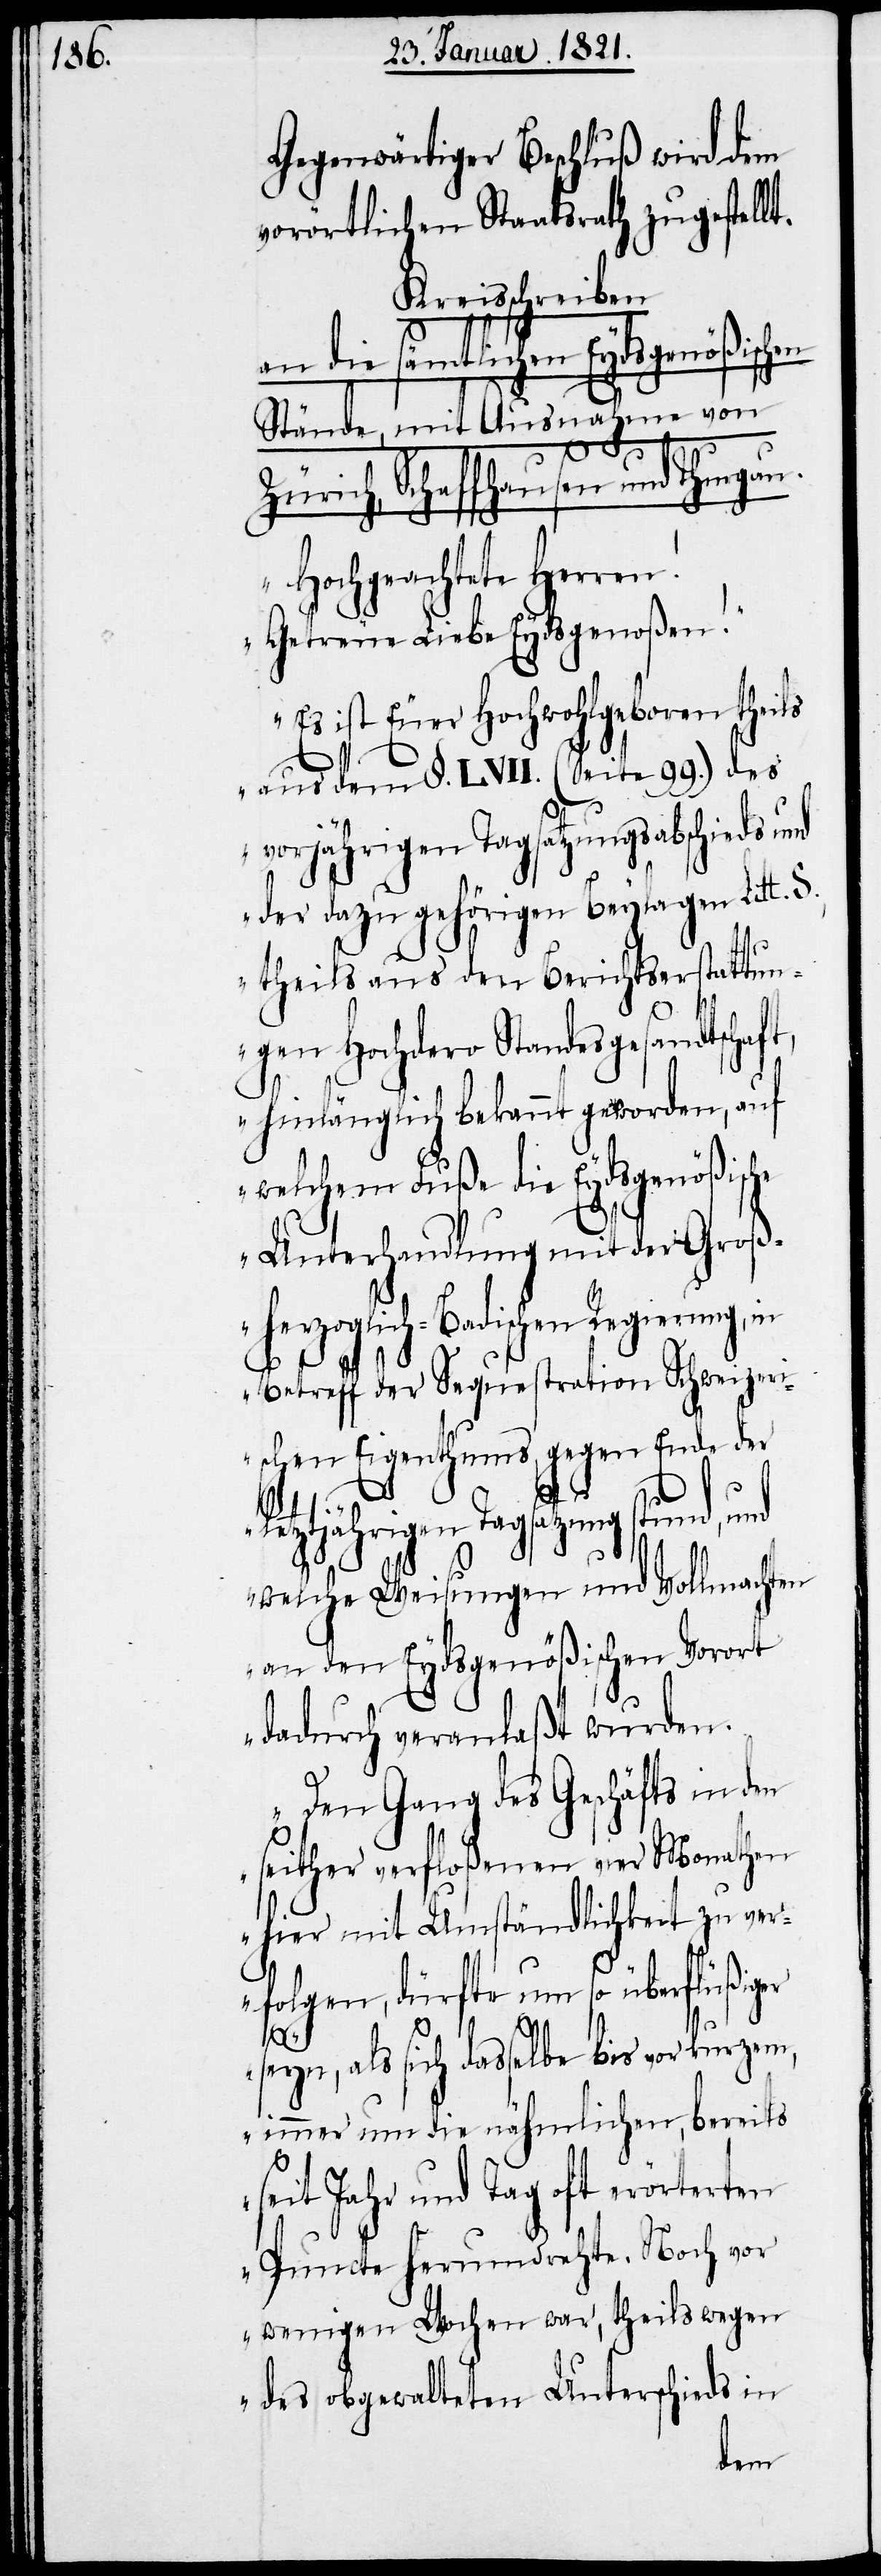
Gegenwärtiger Beschluß wird dem
vorörtlichen Staatsrath zugestellt.
Kreisschreiben
an die sämtlichen Eydsgenößisch¬
sche
Zürich, Schaffhausen und Thurgau.
„Hochgeachte Herren!
Getreue Liebe Eydsgenoßen!
Es ist Euer Hochwohlgeboren theils
aus dem §. LVII (Seite 99.) des
vorjährigen Tagsatzungsabschieds und
der dazu gehörigen Beylagen Litt.
theils aus den Berichtserstattun¬
gen Hochdero Standesgesandtscha¬
hinlänglich bekannt geworden, auf
welchem Fuße die Eydsgenößi¬
Unterhandlung mit der Groß¬
herzoglich-Badischen Regierung,
Betreff der Sequestration Schweizeri¬
schen Eigenthums, gegen Ende der
letztjährigen Tagsatzung stund, und
welche Weisungen und Vollmachten
an den Eydsgenößischen Vorort
dadurch veranlaßt wurden.
Den Gang des Geschäfts in den
seither verfloßenen vier Monathen
hier mit Umständlichkeit zu ver¬
folgen, dürfte um so überflüßiger
seyn, als sich dasselbe bis vor kurzem,
immer um die nähmlichen, bereits
seit Jahr und Tag oft erörterten
Puncte herumdrehte. Noch vor
wenigen Wochen war, theils wegen
des obgewalteten Unterschieds in
en